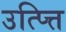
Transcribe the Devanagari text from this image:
उत्प्त्ति